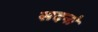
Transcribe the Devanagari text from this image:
सदनो